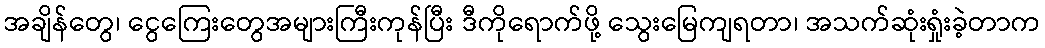
အချိန်တွေ၊ ငွေကြေးတွေအများကြီးကုန်ပြီး ဒီကိုရောက်ဖို့ သွေးမြေကျရတာ၊ အသက်ဆုံးရှုံးခဲ့တာက